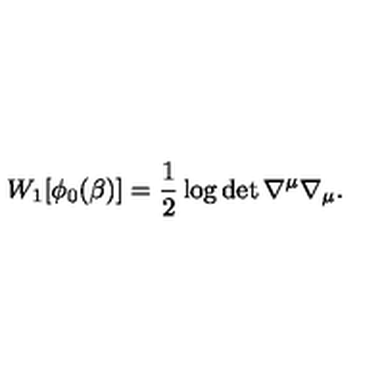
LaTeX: W _ { 1 } [ \phi _ { 0 } ( \beta ) ] = \frac 1 2 \log \det \nabla ^ { \mu } \nabla _ { \mu } .